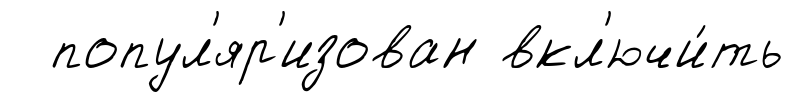
попул'яр'изован вкл'ючи́ть